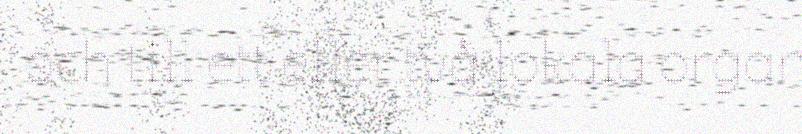
och till ett eller två lokala organ